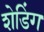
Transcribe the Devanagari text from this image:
शेडिंग